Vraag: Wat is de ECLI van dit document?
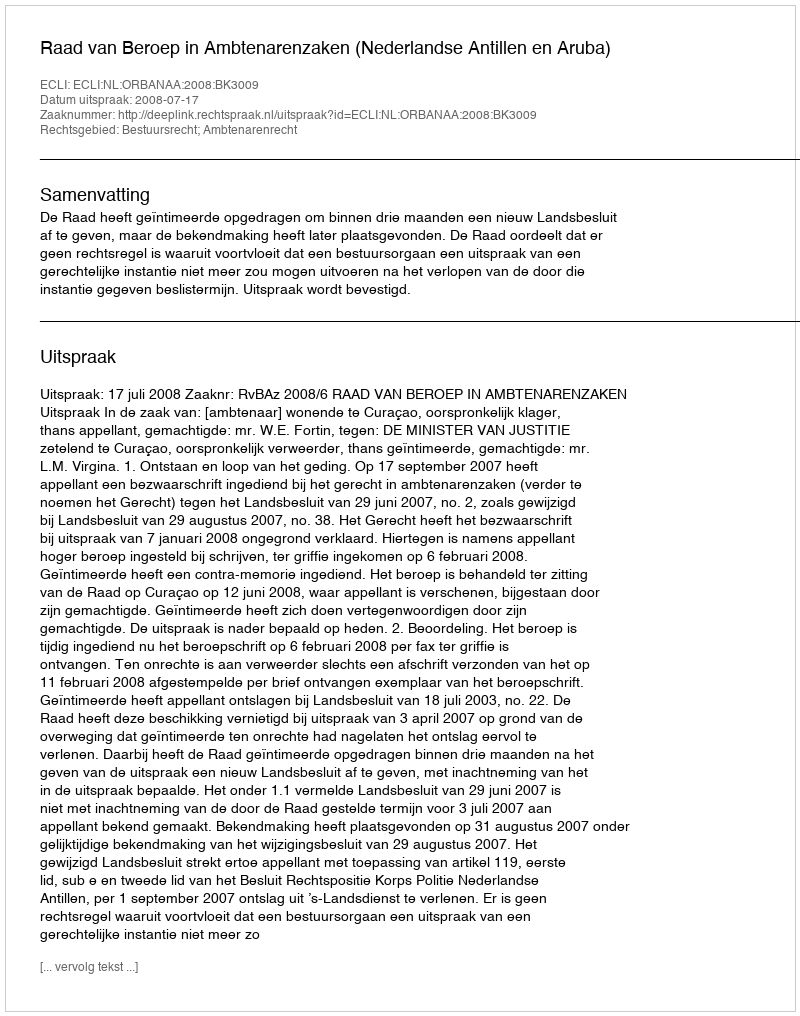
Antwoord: ECLI:NL:ORBANAA:2008:BK3009